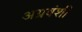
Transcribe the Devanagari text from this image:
अग्रवंशी